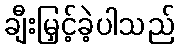
ချီးမြှင့်ခဲ့ပါသည်